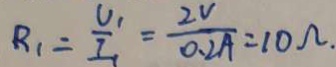
R _ { 1 } = \frac { U _ { 1 } } { I _ { 1 } } = \frac { 2 V } { 0 . 2 A } = 1 0 \Omega .